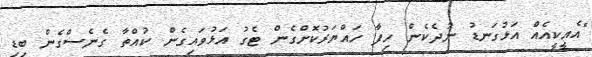
"އެއީކީއެއް އަޅުގަނޑު ނުދެކެން ހިފާ ހައްޔަރުކޮށްގެން ޓެގު އަޅުވައިގެން ކުއްތާ ގެނެސްގެން ބިޑި